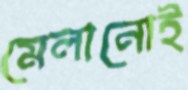
মেলানোই